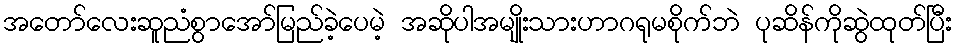
အတော်လေးဆူညံစွာအော်မြည်ခဲ့ပေမဲ့ အဆိုပါအမျိုးသားဟာဂရုမစိုက်ဘဲ ပုဆိန်ကိုဆွဲထုတ်ပြီး